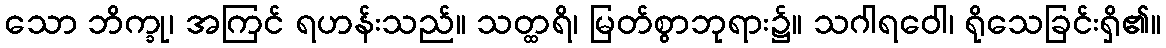
သော ဘိက္ခု၊ အကြင် ရဟန်းသည်။ သတ္ထရိ၊ မြတ်စွာဘုရား၌။ သဂါရဝေါ၊ ရိုသေခြင်းရှိ၏။